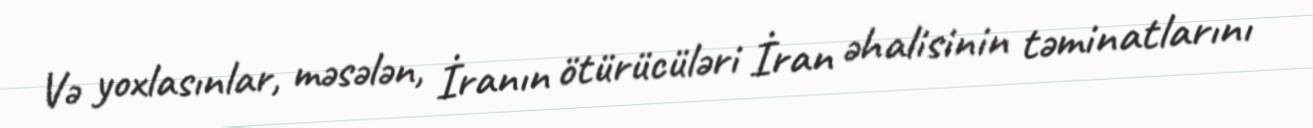
Və yoxlasınlar, məsələn, İranın ötürücüləri İran əhalisinin təminatlarını